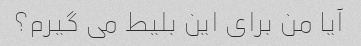
آیا من برای این بلیط می گیرم؟